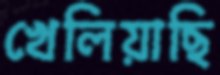
খেলিয়াছি